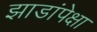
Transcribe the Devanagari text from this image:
झाडांपेक्षा